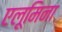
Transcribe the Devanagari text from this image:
एलूमिना